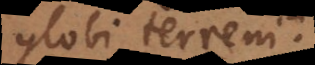
globi terreni,